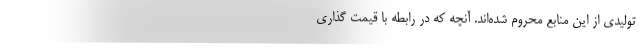
تولیدی از این منابع محروم شده‌اند. آنچه که در رابطه با قیمت گذاری